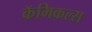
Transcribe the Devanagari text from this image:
कॅमिकल्स